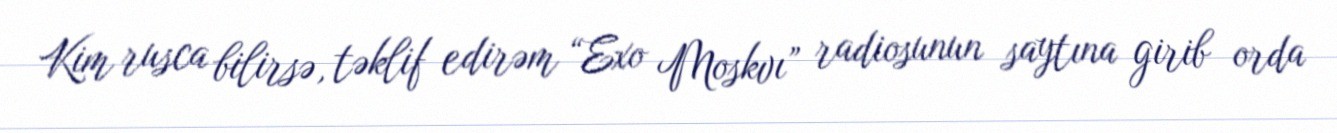
Kim rusca bilirsə, təklif edirəm “Exo Moskvı” radiosunun saytına girib orda